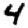
Digit: 4